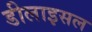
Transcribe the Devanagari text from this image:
डीलाइसल